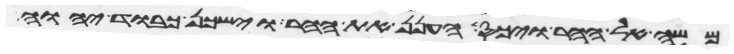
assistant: משה אל ההר ויכס הענן את ההר וישכן כבוד יהוה